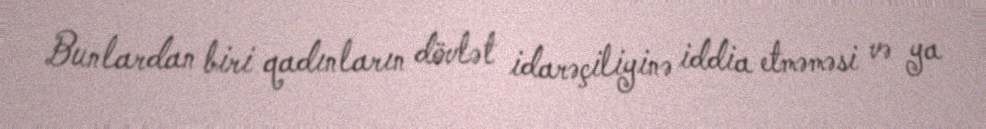
Bunlardan biri qadınların dövlət idarəçiliyinə iddia etməməsi və ya